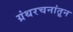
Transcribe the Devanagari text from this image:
ग्रंथरचनांतून